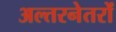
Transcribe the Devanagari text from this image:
अल्तरनेतरों